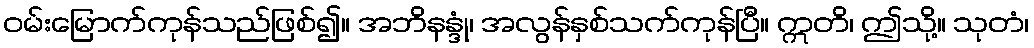
ဝမ်းမြောက်ကုန်သည်ဖြစ်၍။ အဘိနန္ဒုံ၊ အလွန်နှစ်သက်ကုန်ပြီ။ ဣတိ၊ ဤသို့။ သုတံ၊